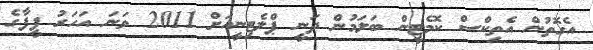
އެގޮތުން އެތިކްސް ކޮމެޓީން ބަލަމުން ދަނީ ޕްލެޓިނީއަށް 2011 ވަނަ އަހަރު ފީފާގެ